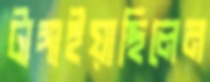
টাঙ্গাইয়াছিলেন